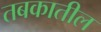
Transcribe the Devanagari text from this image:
तबकातील